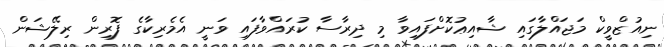
ނިއުޒްވީކް މަޖައްލާގައި ޝާއިޢުކޮށްފައިވާ މި ދިރާސާ ކުރައްވާފައި ވަނީ އެމެރިކާގެ ފޮރިން ރިލޭޝަން